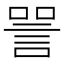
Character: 𬢧